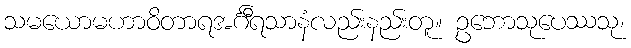
သမယောမဟာဝိတာရအင်္ဂီရသာနံလည်းနည်းတူ။ ဥဘောသုပေဿသု၊